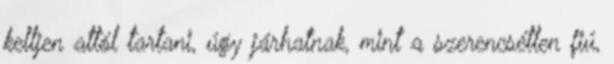
kelljen attól tartani, úgy járhatnak, mint a szerencsétlen fiú,